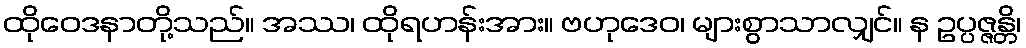
ထိုဝေဒနာတို့သည်။ အဿ၊ ထိုရဟန်းအား။ ဗဟုဒေဝ၊ များစွာသာလျှင်။ န ဥပ္ပဇ္ဇန္တိ၊